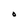
Character: O